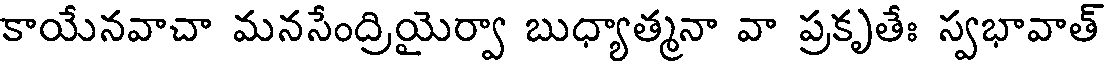
కాయేనవాచా మనసేంద్రియైర్వా బుధ్యాత్మనా వా ప్రకృతేః స్వభావాత్